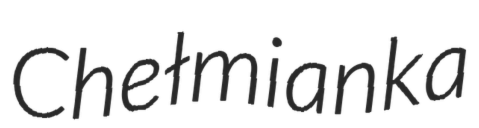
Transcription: Chełmianka